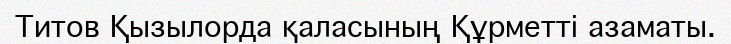
Титов Қызылорда қаласының Құрметті азаматы.